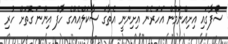
ސޯފާގައި އިށިއްނަމުން އަހަރެން އިށިންނީ އެތާގަ ސާކަލްއެއްގެ ހާފް އިންނަ ގޮތަށް ހުރި